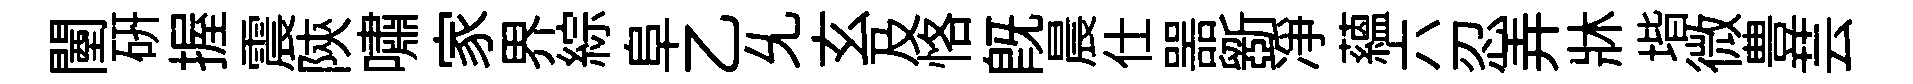
闉硏握震陝嘯家界綜阜乙𠃔玄及恪既晨仕噐斵净藴六忍弄牀堦微豊芸